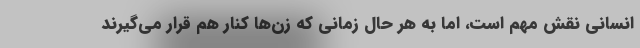
انسانی نقش مهم است، اما به هر حال زمانی که زن‌ها کنار هم قرار می‌گیرند